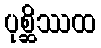
ပုစ္ဆိဿထ